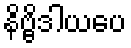
နိဗ္ဗိဒါယပေ